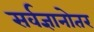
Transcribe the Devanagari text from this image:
सर्वज्ञानोतर